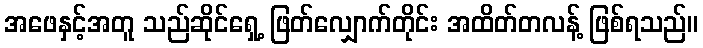
အဖေနှင့်အတူ သည်ဆိုင်ရှေ့ ဖြတ်လျှောက်တိုင်း အထိတ်တလန့် ဖြစ်ရသည်။